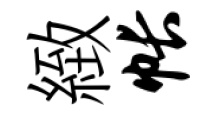
緻帐